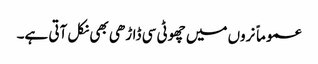
عموماً نروں میں چھوٹی سی ڈاڑھی بھی نکل آتی ہے۔